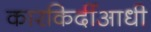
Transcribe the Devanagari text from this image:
कारकिर्दीआधी